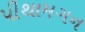
પીથામગન